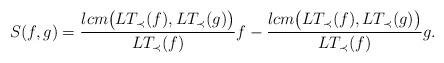
LaTeX: \begin{align*} S(f,g) = \frac{lcm\big( LT_\prec(f), LT_\prec(g) \big)}{LT_\prec(f)}f - \frac{lcm\big( LT_\prec(f), LT_\prec(g) \big)}{LT_\prec(f)}g .\end{align*}